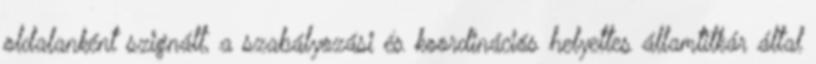
oldalanként szignált, a szabályozási és koordinációs helyettes államtitkár által